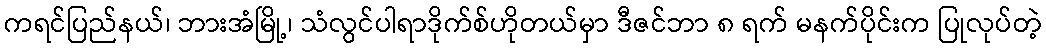
ကရင်ပြည်နယ်၊ ဘားအံမြို့၊ သံလွင်ပါရာဒိုက်စ်ဟိုတယ်မှာ ဒီဇင်ဘာ ၈ ရက် မနက်ပိုင်းက ပြုလုပ်တဲ့